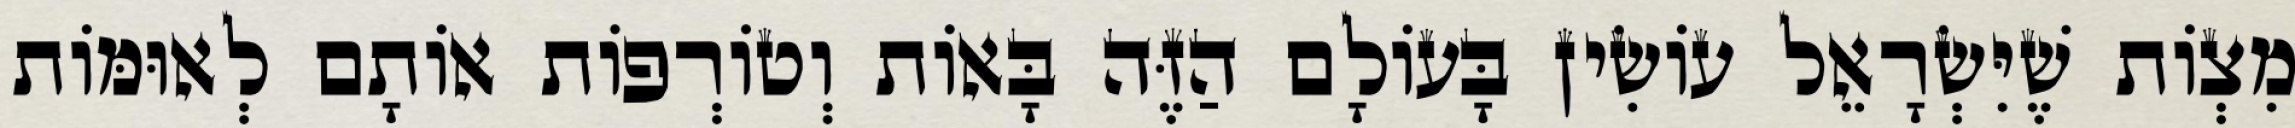
מִצְוֹת שֶׁיִּשְׂרָאֵל עוֹשִׂין בָּעוֹלָם הַזֶּה בָּאוֹת וְטוֹרְפוֹת אוֹתָם לְאוּמּוֹת